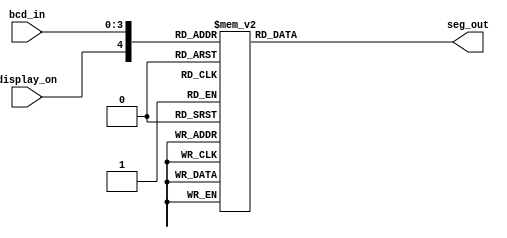
`timescale 1ns / 1ps
//////////////////////////////////////////////////////////////////////////////////
// Company: 
// Engineer: 
// 
// Design Name: 	 seven segment decoder module
// Module Name:    svn_seg_decoder 
// Project Name:   lab 03 seven segment decoder
// Target Devices:  xilinx board
// Tool versions: 
// Description: Take in 4 bits as a descriptor of the number you want to show and also
// 1bit as an on/off switch and then output the appropriate signal to drive
// the seven segment display.
//
// Dependencies: 
//
// Revision: 2 (now using case statement)
// Revision 0.01 - File Created
// Additional Comments: 
//
//////////////////////////////////////////////////////////////////////////////////
module svn_seg_decoder(
    input [3:0] bcd_in,
    input display_on,
    output reg [6:0] seg_out
    );



// My always logic to replace old code
always @(display_on, bcd_in[3] or bcd_in[2] or bcd_in[1] or bcd_in[0]) begin



	case({display_on,bcd_in[3],bcd_in[2],bcd_in[1],bcd_in[0]})
		
	
	// Takes into account all combinations with the display turned off
		
		//Number 0000 Decimal Val: 0 Display: on *
		5'b10000: seg_out = 7'b0111111;
		
		//Number 0001 Decimal Val: 1 Display: on *
		5'b10001: seg_out = 7'b0110000;
		
		//Number 0010 Decimal Val: 2 Display: on *
		5'b10010: seg_out = 7'b1011011;
		
		//Number 0011 Decimal Val: 3 Display: on 
		5'b10011: seg_out = 7'b1111001;
		
		//Number 0100 Decimal Val: 4 Display: on
		5'b10100: seg_out = 7'b1110100;
		
		//Number 0101 Decimal Val: 5 Display: on
		5'b10101: seg_out = 7'b1101101;
		
		//Number 0110 Decimal Val: 6 Display: on
		5'b10110: seg_out = 7'b1101111;
		
		//Number 0111 Decimal Val: 7 Display: on
		5'b10111: seg_out = 7'b0111000;
		
		//Number 1000 Decimal Val: 8 Display: on
		5'b11000: seg_out = 7'b1111111;
		
		//Number 1001 Decimal Val: 9 Display: on
		5'b11001: seg_out = 7'b1111101;
	
		default: seg_out = 7'b0000000;
	
	endcase


end


endmodule